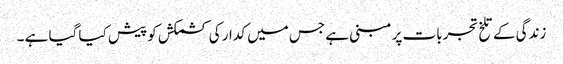
زندگی کے تلخ تجربات پر مبنی ہے جس میں کدار کی کشمکش کو پیش کیا گیا ہے ۔